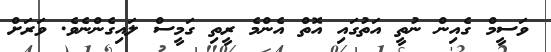
ވަސީމް ގެއިން ނުތީ އަތުގައި އޮތް އެންމެ ރީތި ގަމީސް ލައިގެންނެވެ. ވަރަށް